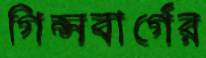
গিন্সবার্গের